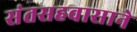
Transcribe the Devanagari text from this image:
संतसहवासाने